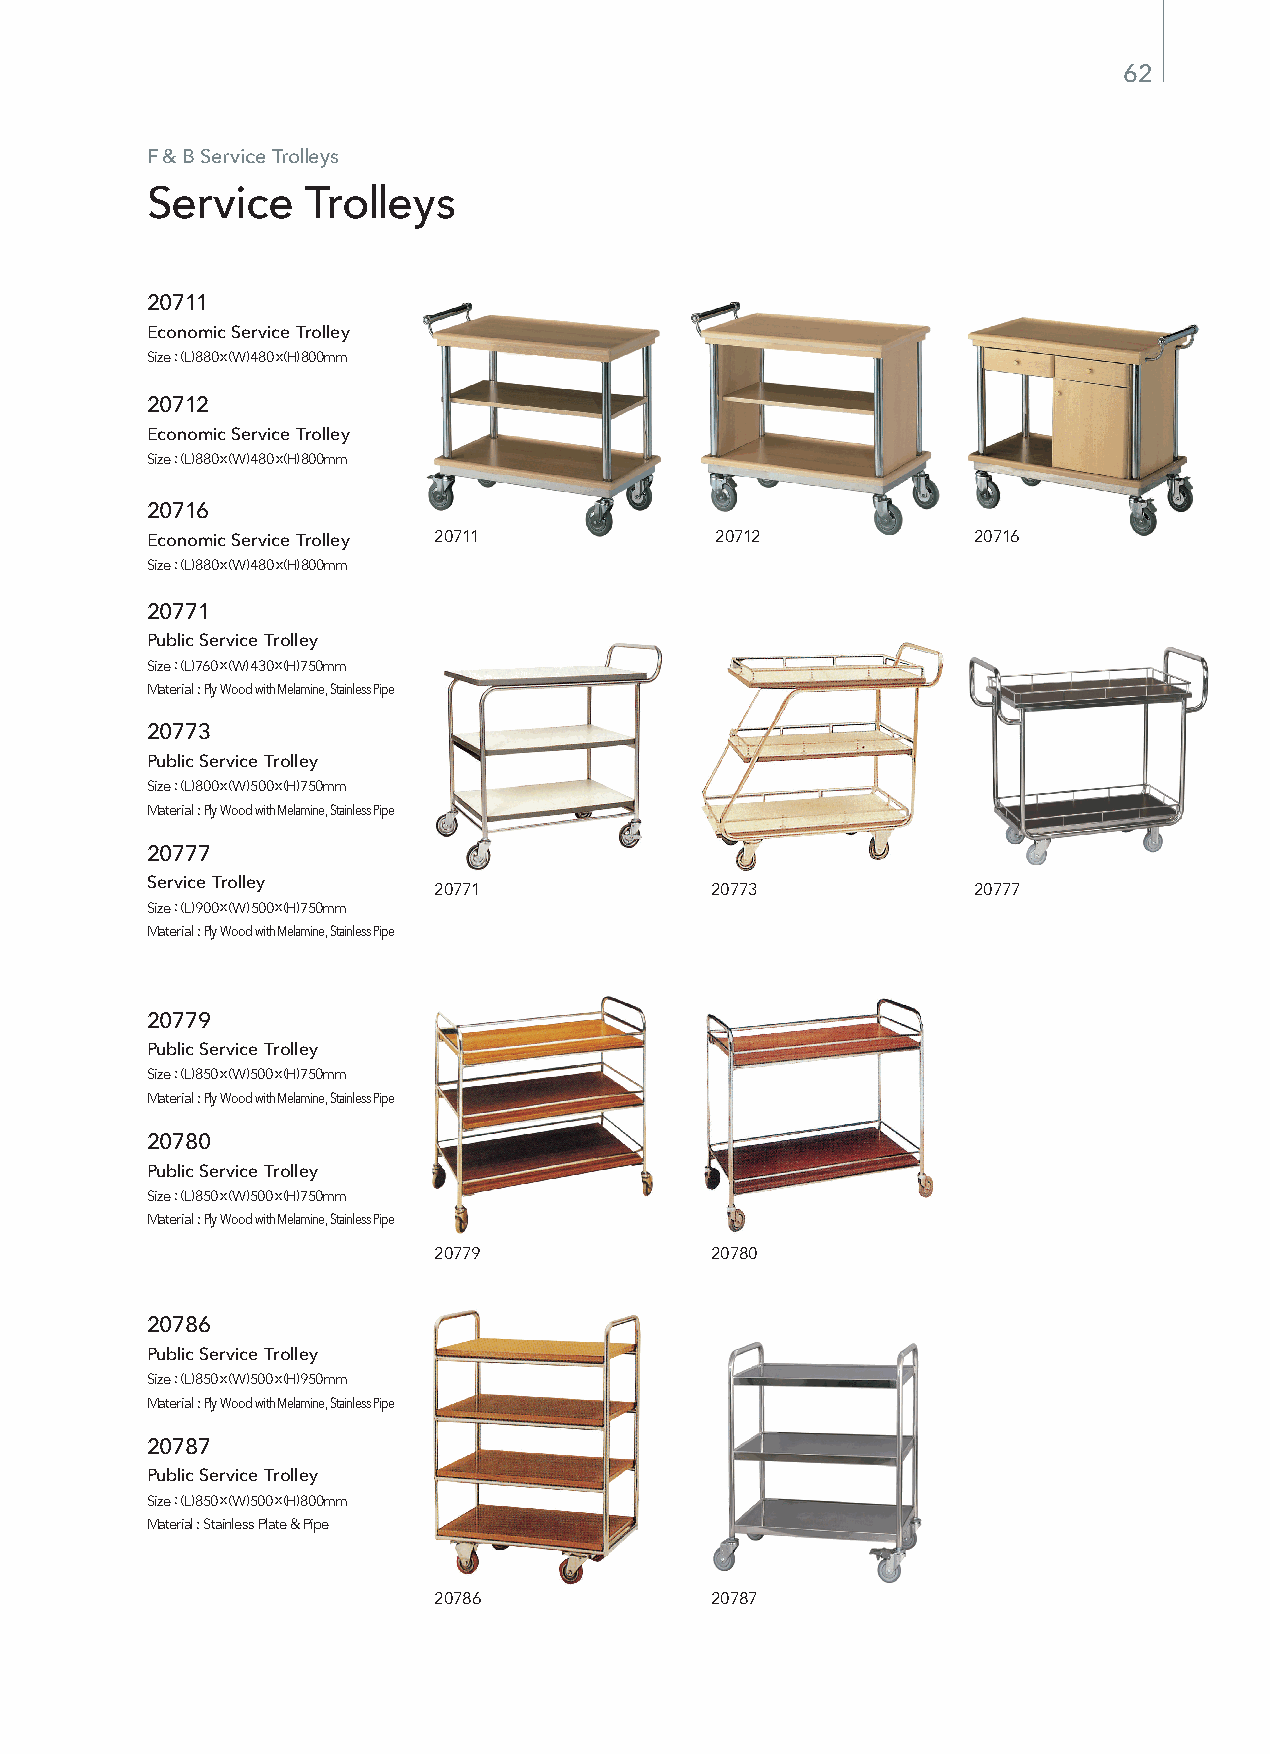
62
 F & B Service Trolleys
 Service   Trolleys
 20711
 Economic Service Trolley
 Size : (L) 880 x (W) 480 x (H) 800mm
 20712
 Economic Service Trolley
 Size : (L) 880 x (W) 480 x (H) 800mm
 20716
 Economic Service Trolley 20711       20712            20716
 Size : (L) 880 x (W) 480 x (H) 800mm
 20771
 Public Service Trolley
 Size : (L) 760 x (W) 430 x (H) 750mm
 Material : Ply Wood with Melamine, Stainless Pipe
 20773
 Public Service Trolley
 Size : (L) 800 x (W) 500 x (H) 750mm
 Material : Ply Wood with Melamine, Stainless Pipe
 20777
 Service Trolley
 20771             20773            20777
 Size : (L) 900 x (W) 500 x (H) 750mm
 Material : Ply Wood with Melamine, Stainless Pipe
 20779
 Public Service Trolley
 Size : (L) 850 x (W) 500 x (H) 750mm
 Material : Ply Wood with Melamine, Stainless Pipe
 20780
 Public Service Trolley
 Size : (L) 850 x (W) 500 x (H) 750mm
 Material : Ply Wood with Melamine, Stainless Pipe
 20779             20780
 20786
 Public Service Trolley
 Size : (L) 850 x (W) 500 x (H) 950mm
 Material : Ply Wood with Melamine, Stainless Pipe
 20787
 Public Service Trolley
 Size : (L) 850 x (W) 500 x (H) 800mm
 Material : Stainless Plate & Pipe
 20786             20787